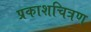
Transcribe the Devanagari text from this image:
प्रकाशचित्रण